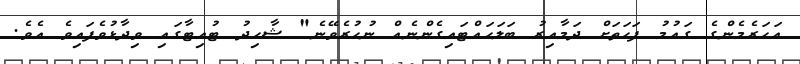
އަހަރެމެންގެ ގައުމު ފަހަތަށް ދަމާއިރު ބަލަހައްޓައިގެންނެއް ނުހުރެވޭނެ" ޝާހިދު ޓުއިޓާާގައި ވިދާޅުވެފައިވެ އެވެ.